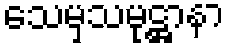
သေမှသမုဋ္ဌာနာ